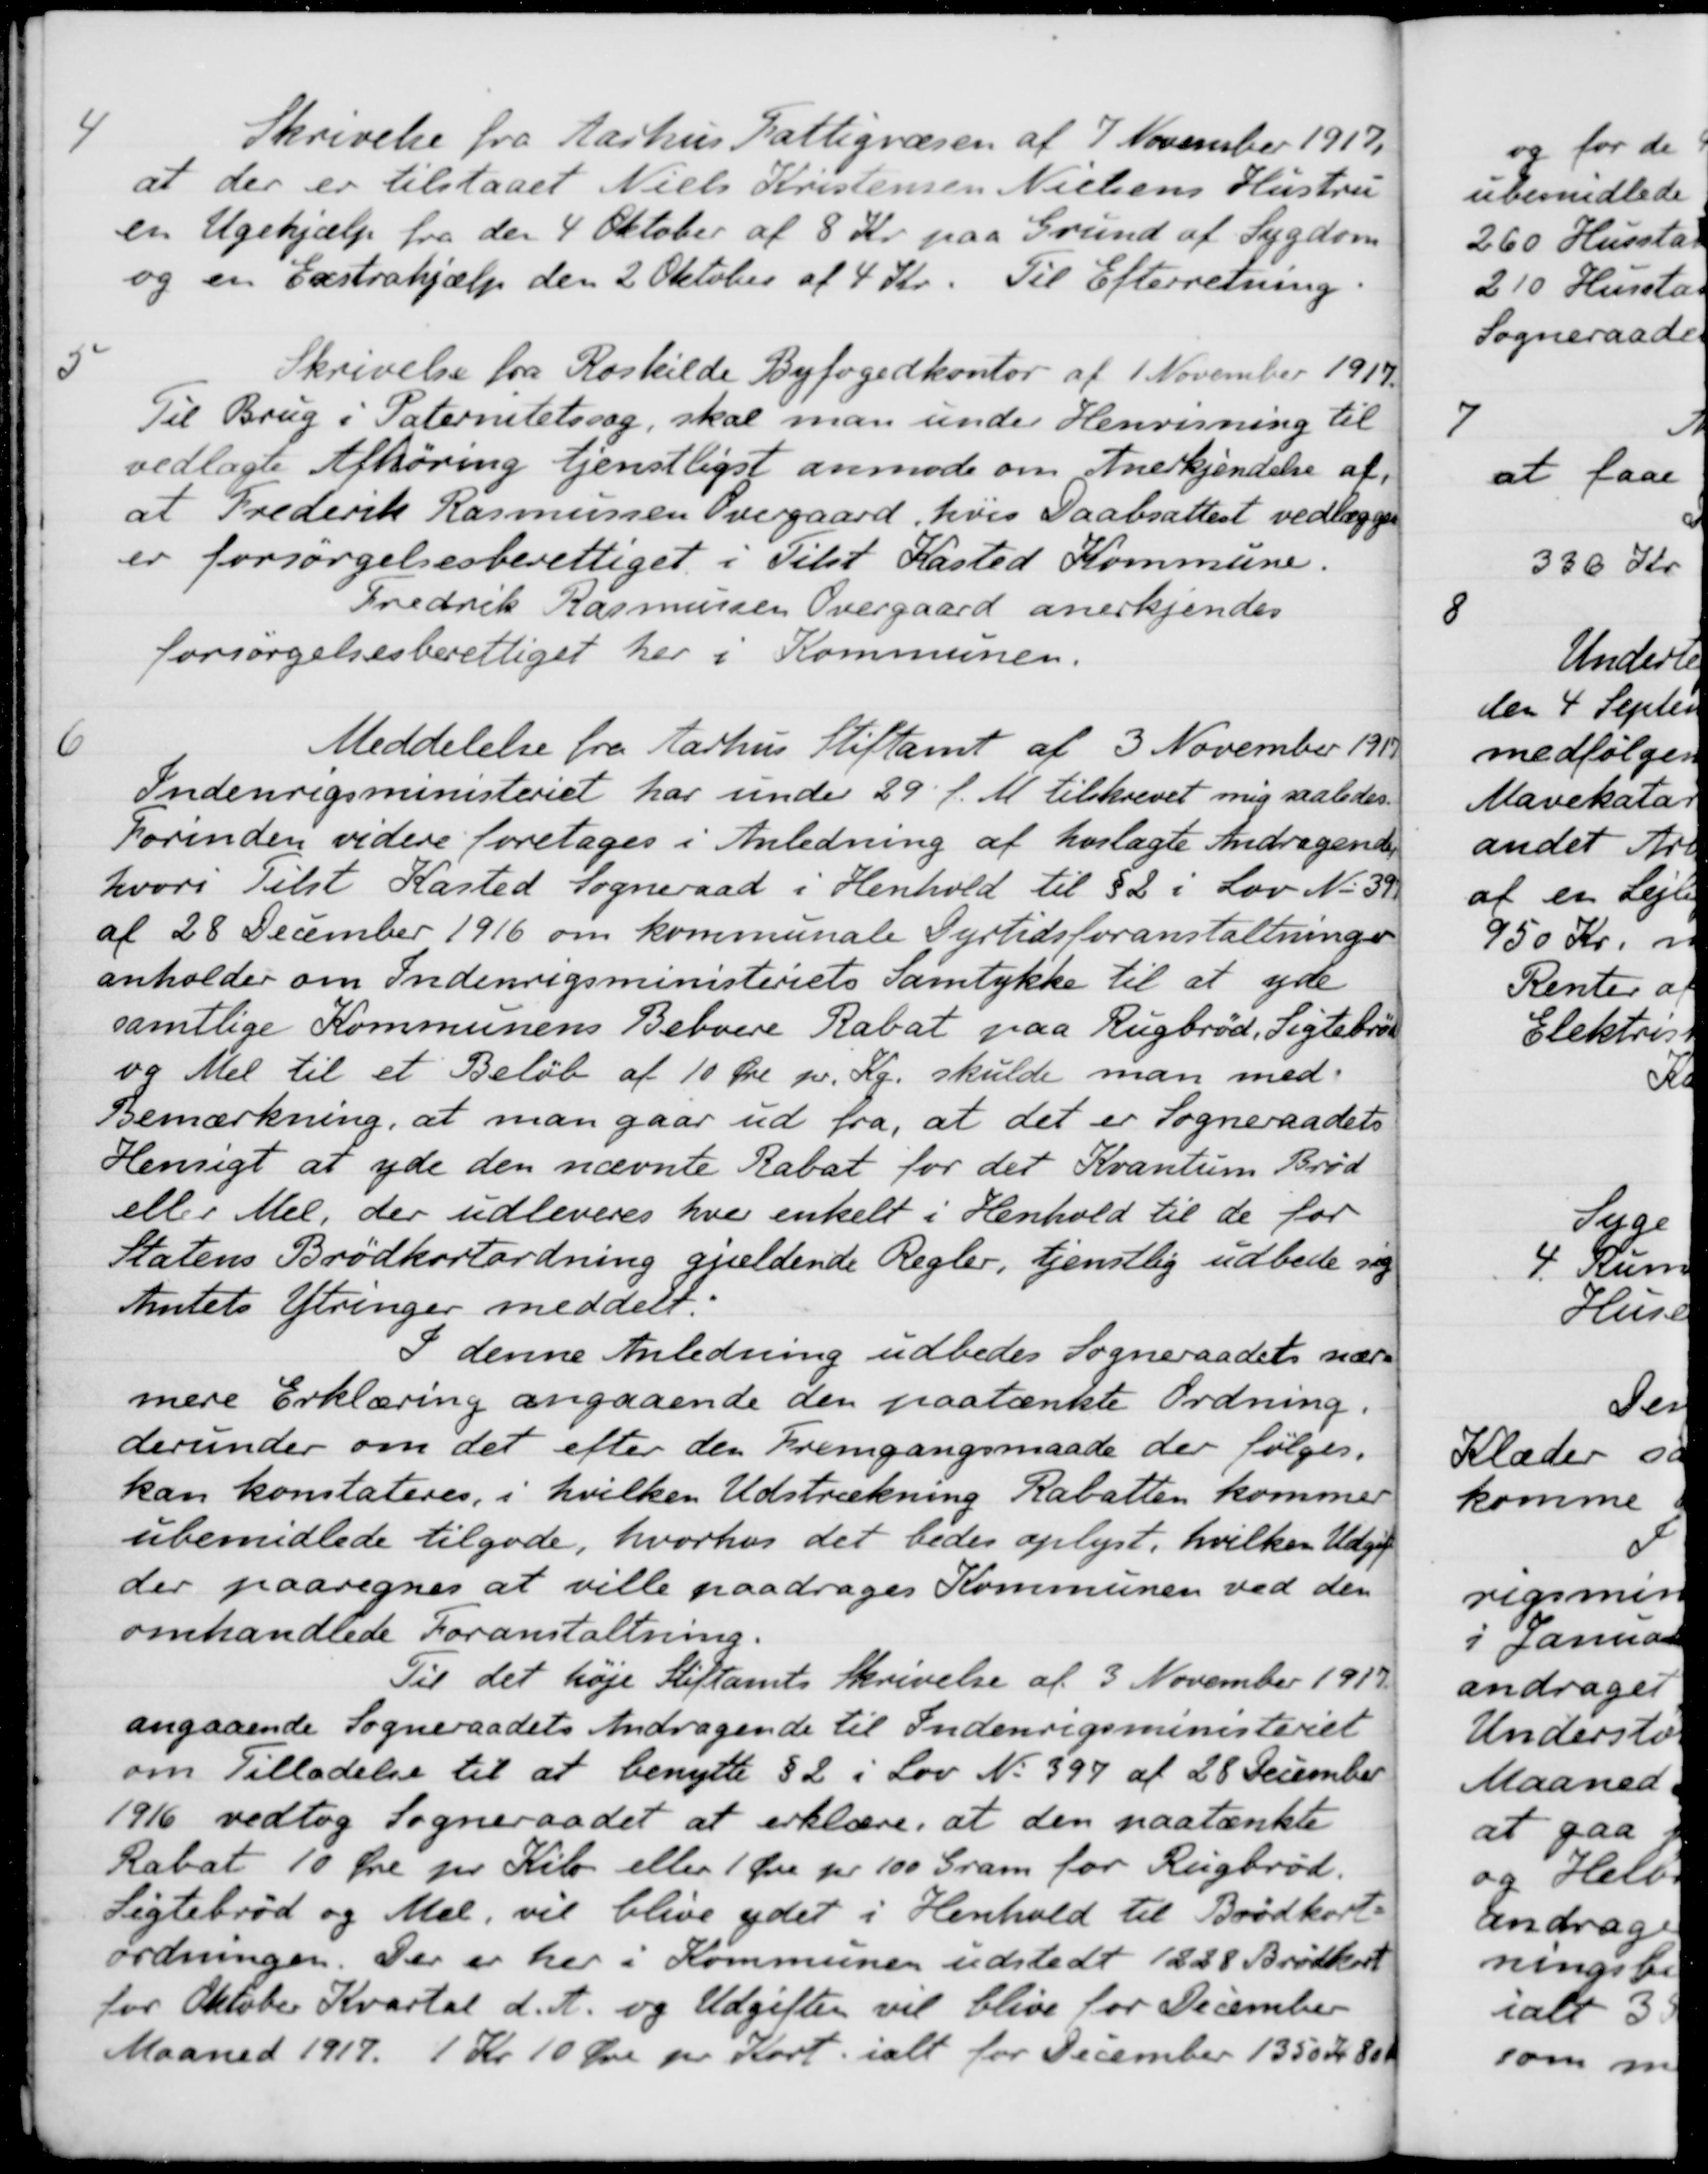
Transskription:
4
Skrivelse fra Aarhus Fattigvæsen af 7 November 1917.
at der er tilstaaet Niels Kristensen Nielsens Hustru
en Ugehjælp fra den 4 Oktober af 8 Kr. paa Grund af Sygdom
og en Exstrahjælp den 2 Oktober af 4 Kr. Til Efterretning.
5
Skrivelse fra Roskilde Byfogedkontor af 1 November 1917.
Til Brug i Paternitetssag, skal man under Henvisning til
vedlagte Afhøring tjenstligst anmode om Anerkjendelse af
at Frederik Rasmussen Overgaard, hvis Daabsattest vedlægges
er forsørgelsesberettiget i Tilst Kasted Kommune.
Fredrik Rasmussen Overgaard anerkjendes
forsørgelsesberettiget her i Kommunen.
6
Meddelelse fra Aarhus Stiftamt af 3 November 1917
Indenrigsministeriet har under 29 f. M. tilskrevet mig saaledes.
Forinden videre foretages i Anledning af hoslagte Andragende
hvori tilst Kasted Sogneraad i Henhold til § 2 i Lov No 397
af 28 December 1916 om kommunale Dyrtidsforanstaltninger
anholder om Indenrigsministeriets Samtykke til at yde
samtlige Kommunens Beboere Rabat paa Rugbrød, Sigtebrød
og Mel til et Beløb af 10 Øre pr. Kg. skulde man med
Bemærkning, at man gaar ud fra, at det er Sogneraadets
Hensigt at yde den nævnte Rabat for det Kvantum Brød
eller Mel, der udleveres hver enkelt i Henhold til de for
Statens Brødkortordning gjældende Regler, tjenstlig udbede sig
Amtets Ytringer meddelt.
I denne Anledning udbedes Sogneraadets nær-
mere Erklæring angaaende den paatænkte Ordning.
derunder om det efter den fremgangsmaade der følges.
kan konstateres, i hvilken Udstrækning Rabatten kommer
ubemidlede tilgode, hvorhos det bedes oplyst, hvilken Udgift
der paaregnes at ville paadrages Kommunen ved den
omhandlede Foranstaltning.
Til det høje Stiftamts Skrivelse af 3 November 1917
angaaende Sogneraadets Andragende til Indenrigsministeriet
om Tilladelse til at benytte § 2 i Lov No 397 af 28 December
1916 vedtog Sogneraadet at erklære, at den paatænkte
Rabat 10 Øre pr. Kilo. eller 1 Øre pr 100 Gram for Rugbrød.
Sigtebrød og Mel, vil blive ydet i Henhold til Brødkort-
ordningen. Der er her i Kommunen udstedt 1228 Brødkort
for Oktober Kvartal d. A. og Udgifter vil blive for December
Maaned 1917. 1 Kr 10 Øre pr. Kort ialt for December 1350 Kr 80 Øre